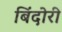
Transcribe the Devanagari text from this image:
बिंदोरी